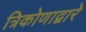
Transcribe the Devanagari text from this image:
त्रिकोणाद्वारे